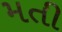
મતી